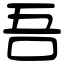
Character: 吾